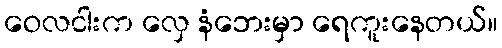
ဝေလငါးက လှေ နံဘေးမှာ ရေကူးနေတယ်။